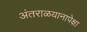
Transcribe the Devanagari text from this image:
अंतराळयानापेक्षा